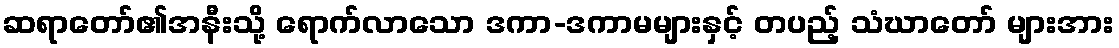
ဆရာတော်၏အနီးသို့ ရောက်လာသော ဒကာ-ဒကာမများနှင့် တပည့် သံဃာတော် များအား